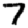
Digit: 7